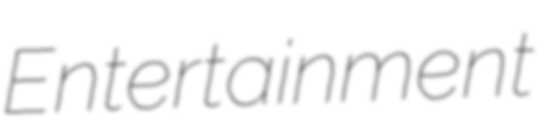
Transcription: Entertainment